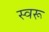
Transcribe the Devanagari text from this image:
स्वरू